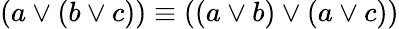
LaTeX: (a\lor(b\lor c))\equiv((a\lor b)\lor(a\lor c))